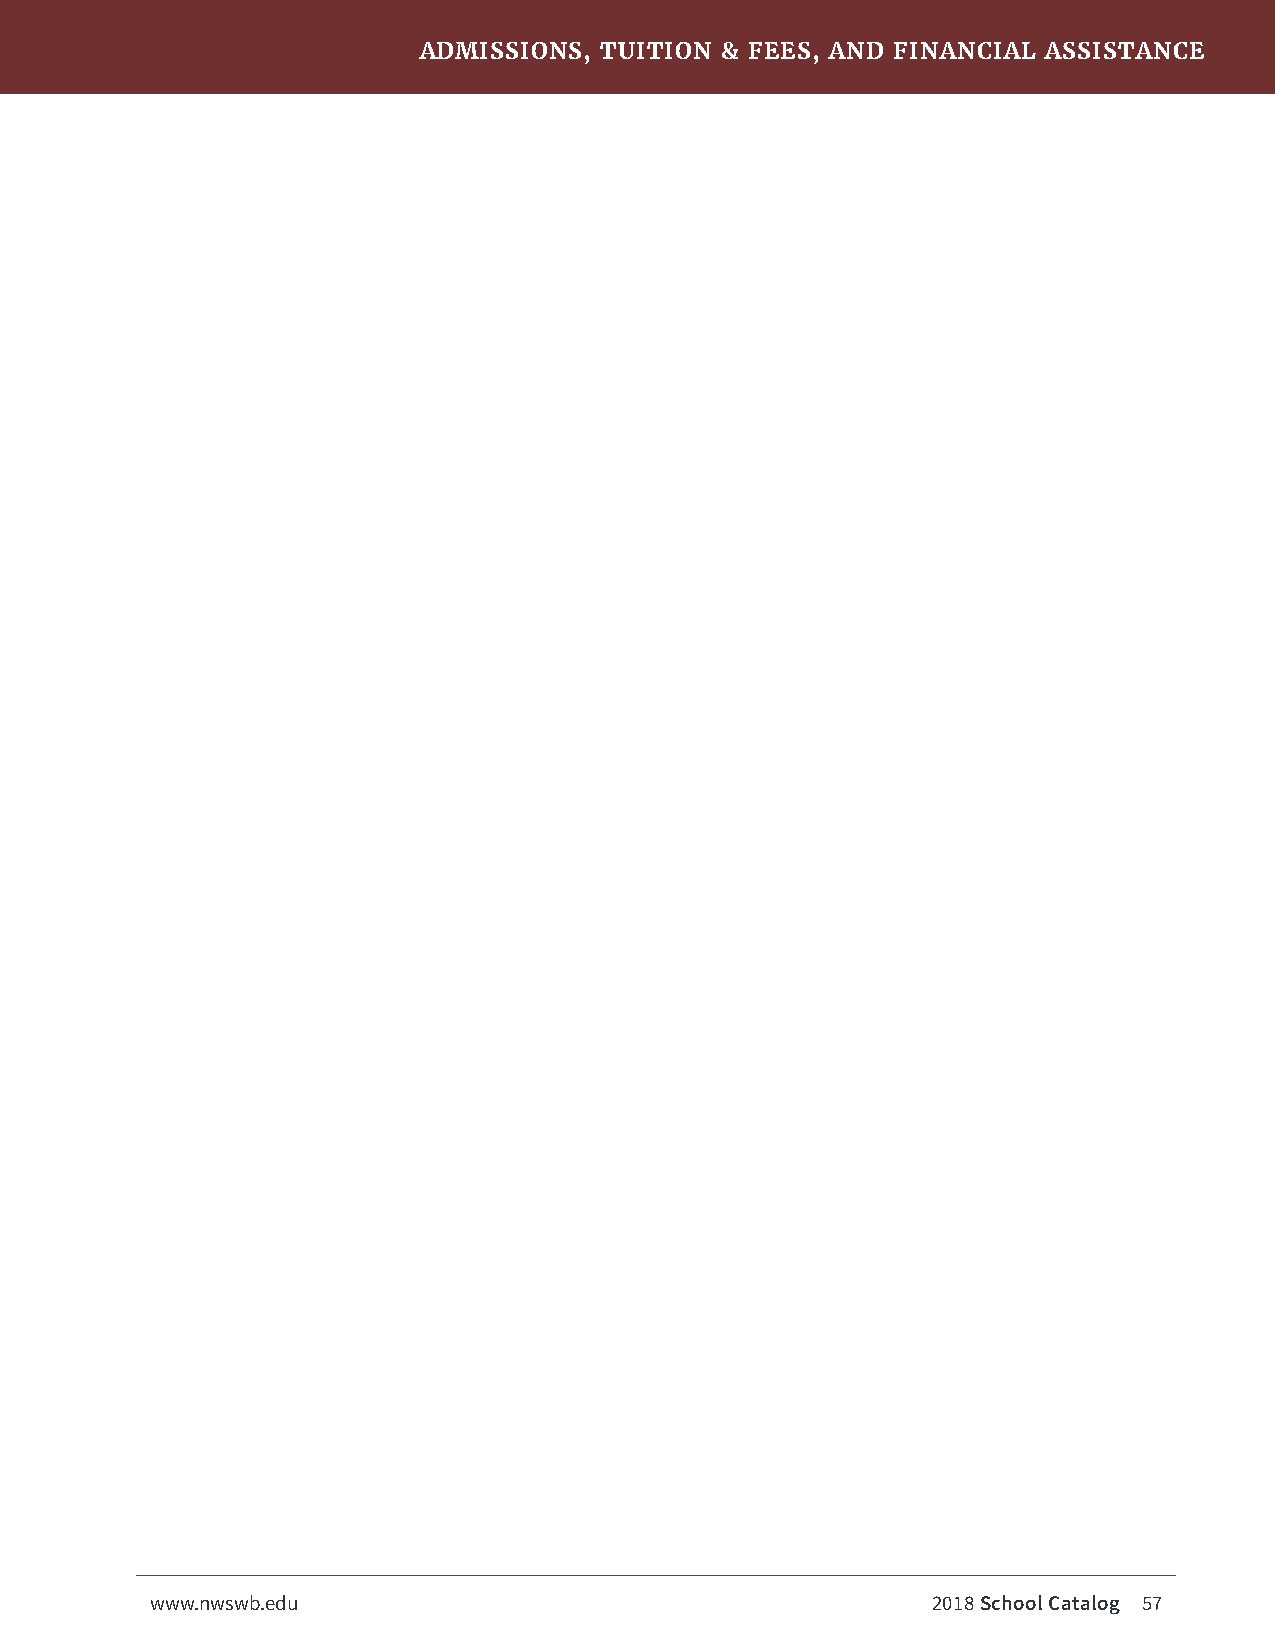
ADMISSIONS, TUITION & FEES, AND FINANCIAL ASSISTANCE
 www.nwswb.edu                                       2018 School Catalog 57